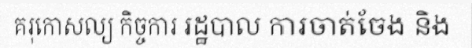
គរុកោសល្យ កិច្ចការ រដ្ឋបាល ការចាត់ចែង និង